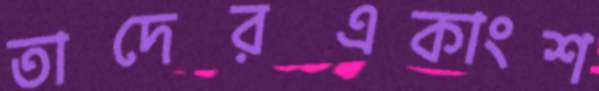
তাদেরএকাংশ